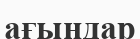
ағындар